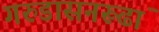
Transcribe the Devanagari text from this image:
गरुडासनरूढां